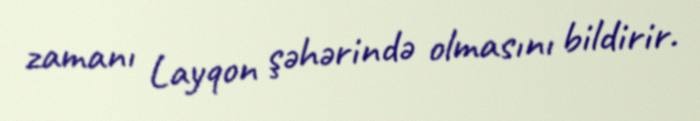
zamanı Layqon şəhərində olmasını bildirir.